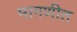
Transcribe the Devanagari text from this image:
मागणीत